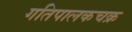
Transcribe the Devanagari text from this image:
गतिपालकचक्र